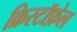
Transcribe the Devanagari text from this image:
क्रिस्टॉफ़ेल